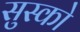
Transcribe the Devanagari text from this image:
सुस्को